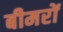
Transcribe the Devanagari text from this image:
बीमरों